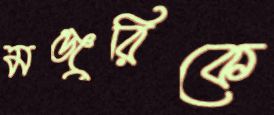
মঞ্জুরিকে